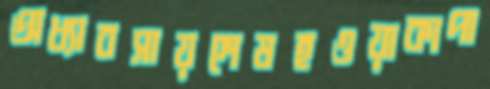
অধ্যাবসায়শেষহওয়াকাপা